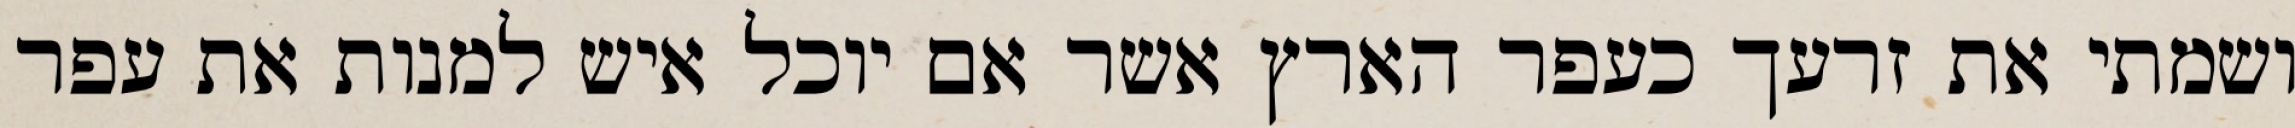
ושמתי את זרעך כעפר הארץ אשר אם יוכל איש למנות את עפר